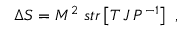
\Delta S = M ^ { 2 } \ s t r \left[ T \, J \, P ^ { - 1 } \right] \ ,